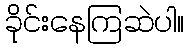
ခိုင်းနေကြဆဲပါ။